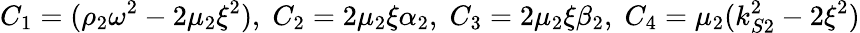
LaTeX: C_{1}=(\rho_{2}\omega^{2}-2\mu_{2}\xi^{2}),\; C_{2}=2\mu_{2}\xi\alpha_{2},\; C_{3}=2\mu_{2}\xi\beta_{2},\; C_{4}=\mu_{2}(k_{S2}^{2}-2\xi^{2})